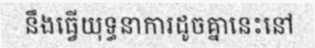
នឹងធ្វើយុទ្ធនាការដូចគ្នានេះនៅ